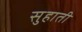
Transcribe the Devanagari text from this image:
सुहाती